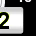
Digit: 2